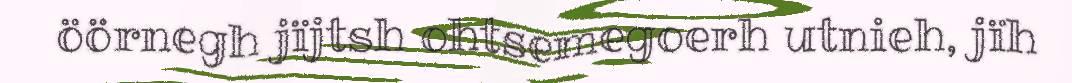
öörnegh jïjtsh ohtsemegoerh utnieh, jïh